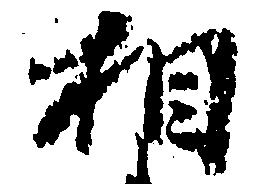
相